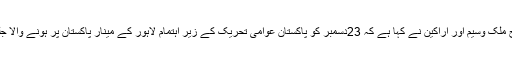
20، دسمبر2012ء متحدہ قومی موومنٹ لاہور زون کے زونل انچارج ملک وسیم اور اراکین نے کہا ہے کہ 23دسمبر کو پاکستان عوامی تحریک کے زیر اہتمام لاہور کے مینار پاکستان پر ہونے والا جلسہ عام انشاء اللہ تعالیٰ ملک میں حقیقی تبدیلی کا پیش خیمہ ثابت ہوگا ۔